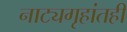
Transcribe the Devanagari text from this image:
नाट्यगृहांतही